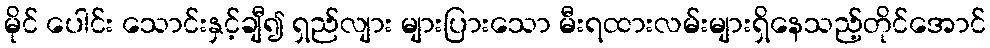
မိုင် ပေါင်း သောင်းနှင့်ချီ၍ ရှည်လျား များပြားသော မီးရထားလမ်းများရှိနေသည့်တိုင်အောင်